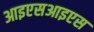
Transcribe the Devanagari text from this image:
आइएसआइएस